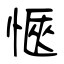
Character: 愜